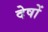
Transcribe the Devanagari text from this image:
देषों